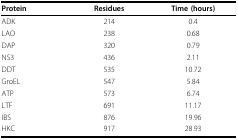
<table><thead><tr><td><b>Protein</b></td><td><b>Residues</b></td><td><b>Time (hours)</b></td></tr></thead><tbody><tr><td>ADK</td><td>214</td><td>0.4</td></tr><tr><td>LAO</td><td>238</td><td>0.68</td></tr><tr><td>DAP</td><td>320</td><td>0.79</td></tr><tr><td>NS3</td><td>436</td><td>2.11</td></tr><tr><td>DDT</td><td>535</td><td>10.72</td></tr><tr><td>GroEL</td><td>547</td><td>5.84</td></tr><tr><td>ATP</td><td>573</td><td>6.74</td></tr><tr><td>LTF</td><td>691</td><td>11.17</td></tr><tr><td>IBS</td><td>876</td><td>19.96</td></tr><tr><td>HKC</td><td>917</td><td>28.93</td></tr></tbody></table>